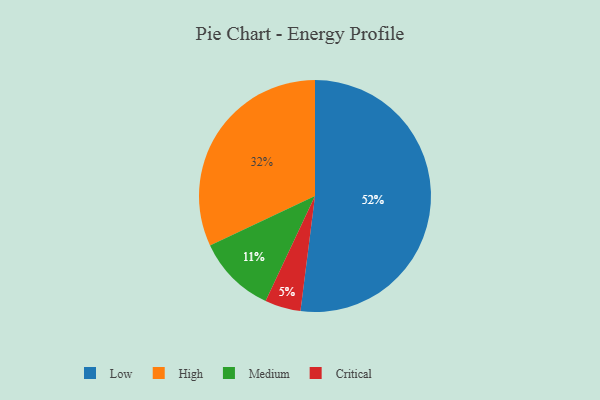
{"axis": {"x": "Category", "y": "Percentage"}, "legend": ["Critical", "High", "Low", "Medium"], "data": [{"x": "Medium", "y": 11, "type": "Medium"}, {"x": "Critical", "y": 5, "type": "Critical"}, {"x": "Low", "y": 52, "type": "Low"}, {"x": "High", "y": 32, "type": "High"}]}